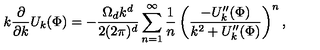
k \frac { \partial } { \partial k } U _ { k } ( \Phi ) = - \frac { \Omega _ { d } k ^ { d } } { 2 ( 2 \pi ) ^ { d } } \sum _ { n = 1 } ^ { \infty } \frac { 1 } { n } \left( \frac { - U _ { k } ^ { \prime \prime } ( \Phi ) } { k ^ { 2 } + U _ { k } ^ { \prime \prime } ( \Phi ) } \right) ^ { n } ,